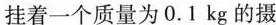
挂着一个质量为0.1kg的摄